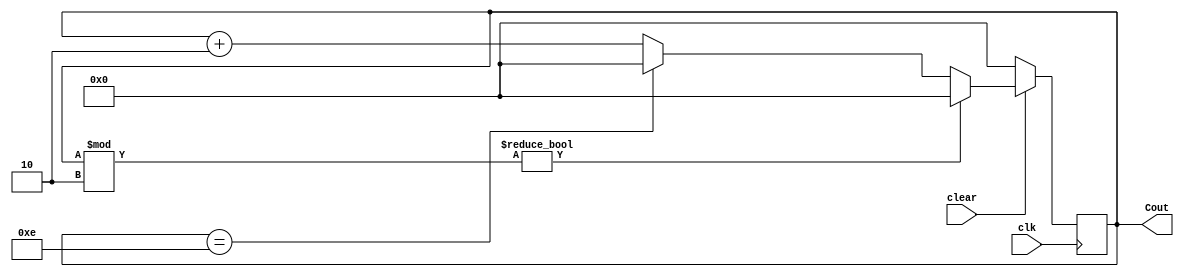
module Even_counter(
    input clear,
    input clk,
    output reg [3:0] Cout
    );
    initial
     Cout=4'b0000;
    always@(posedge clk)

    begin
         if(clear==0)

            Cout<=0; // 1 because this is an odd counter
         else
            begin
              if(Cout % 2 != 0) // checking if the counter started at an even state
                    Cout<=0;
              else
                     begin
                     if(Cout == 14) // max count check
                         Cout<=0;
                     else
                         Cout<=Cout+2; // odd counting 1,3,5,7,9
                     end 
              end
    end
endmodule